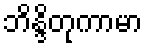
ဘိန္ဒိတုကာမာ